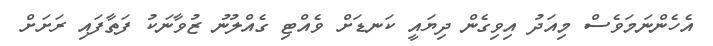
އެހެންނަމަވެސް މިއަދު އިވިގެން ދިޔައީ ކަނޑަށް ވެއްޓި ގެއްލުނު ޒުވާނަކު ފަތާފައި ރަށަށް